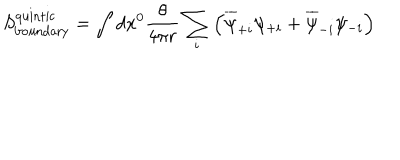
LaTeX: S _ { \mathrm { b o u n d a r y } } ^ { \mathrm { q u i n t i c } } = \int d x ^ { 0 } \frac { \theta } { 4 \pi r } \sum _ { i } \left( \overline { { { \psi } } } _ { + i } \psi _ { + i } + \overline { { { \psi } } } _ { - i } \psi _ { - i } \right)